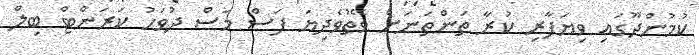
ކުމުންދޫގައި ވިޔަފާރި ކުރާ ތަންތަނަށް ވޭތުވެދިޔަ ފަސް މަސް ދުވަހު ކަރަންޓް ބިލް